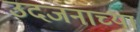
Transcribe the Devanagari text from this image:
उदजनाच्या